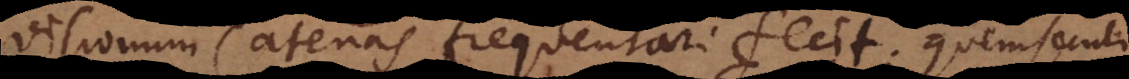
visionum catenas frequentari fecit; quem secuti